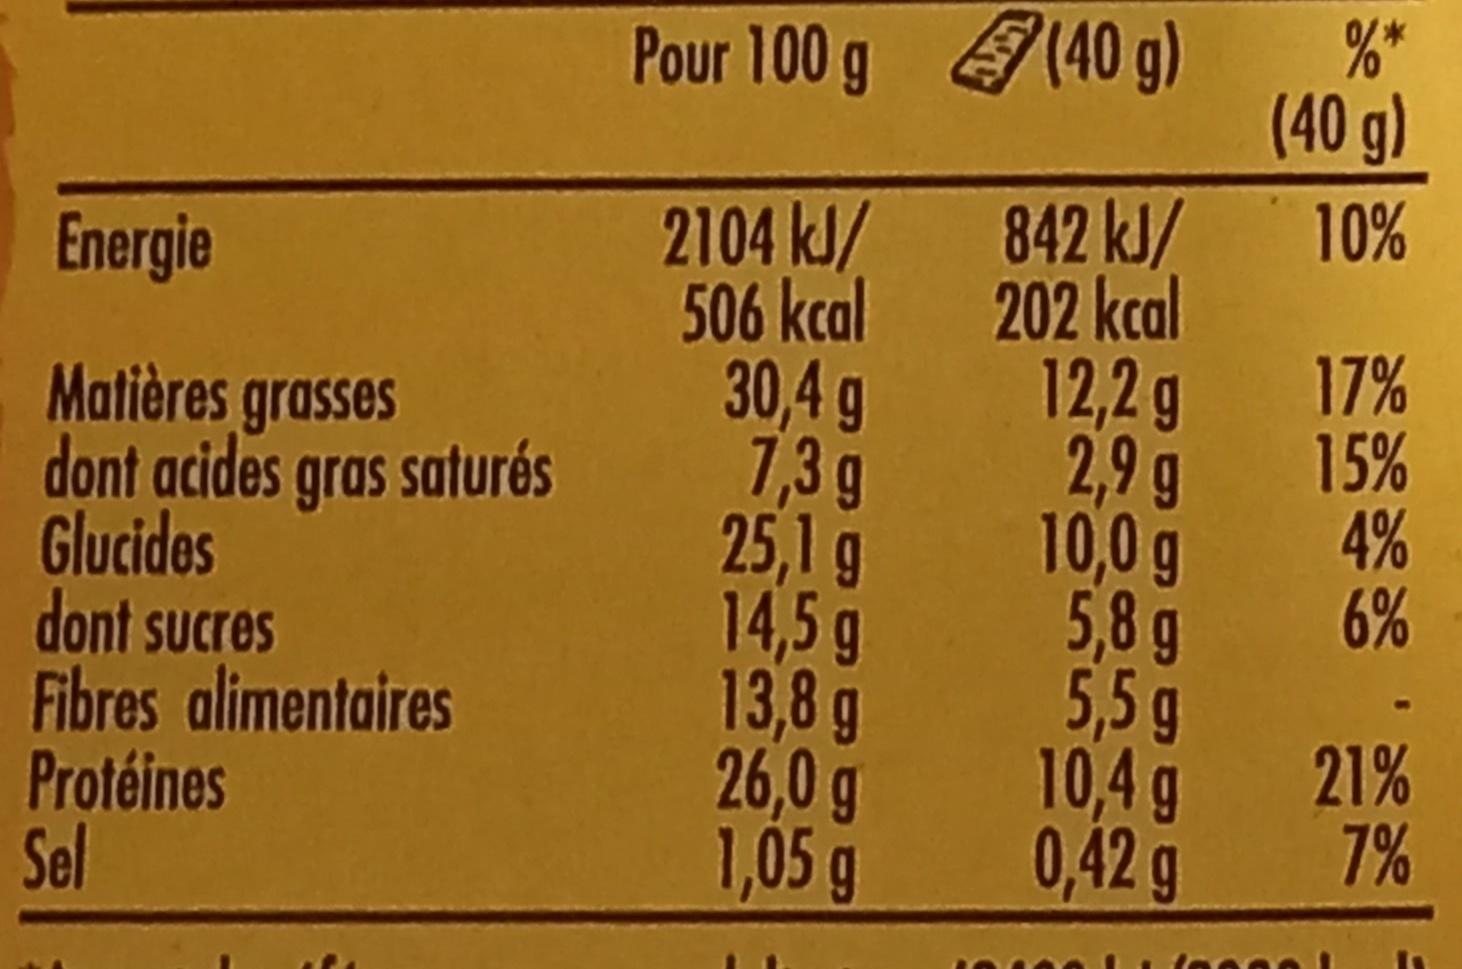
Energie
Matières grasses dont acides gras saturés
Glucides
dont sucres
Fibres alimentaires
Protéines Sel
Pour 100 g
2104 kJ/
506 kcal
30,4 g
7,3 g
25,1 g
14,5 g
13,8 g
26,0 g
1,05 g
www
(40 g)
842 kJ/
202 kcal
12,2 g
2,9 g
10,0 g
5,8 g
5,5 g
10,4 g
0,42 g
%*
(40 g)
10%
17%
15%
4%
6%
21%
7%